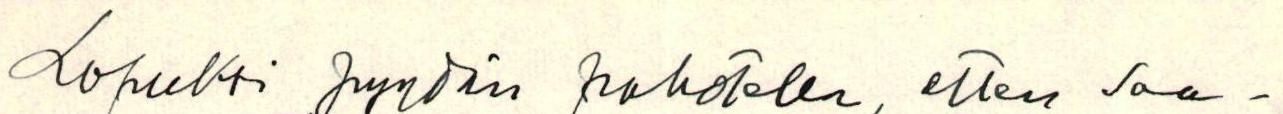
Lopuksi pyydän pahotelen, etten saa-